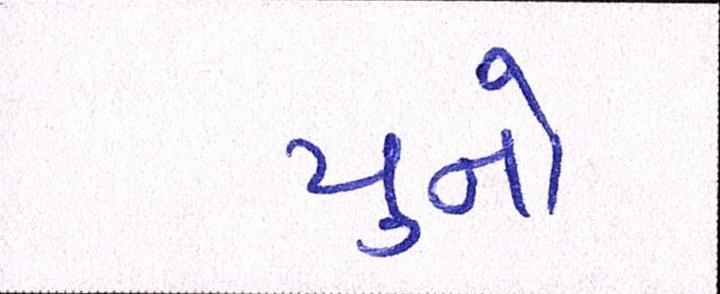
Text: યુનો